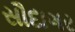
સૌદાગર